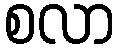
စလာ